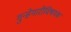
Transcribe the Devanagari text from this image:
गुन्हेगारीविषयक